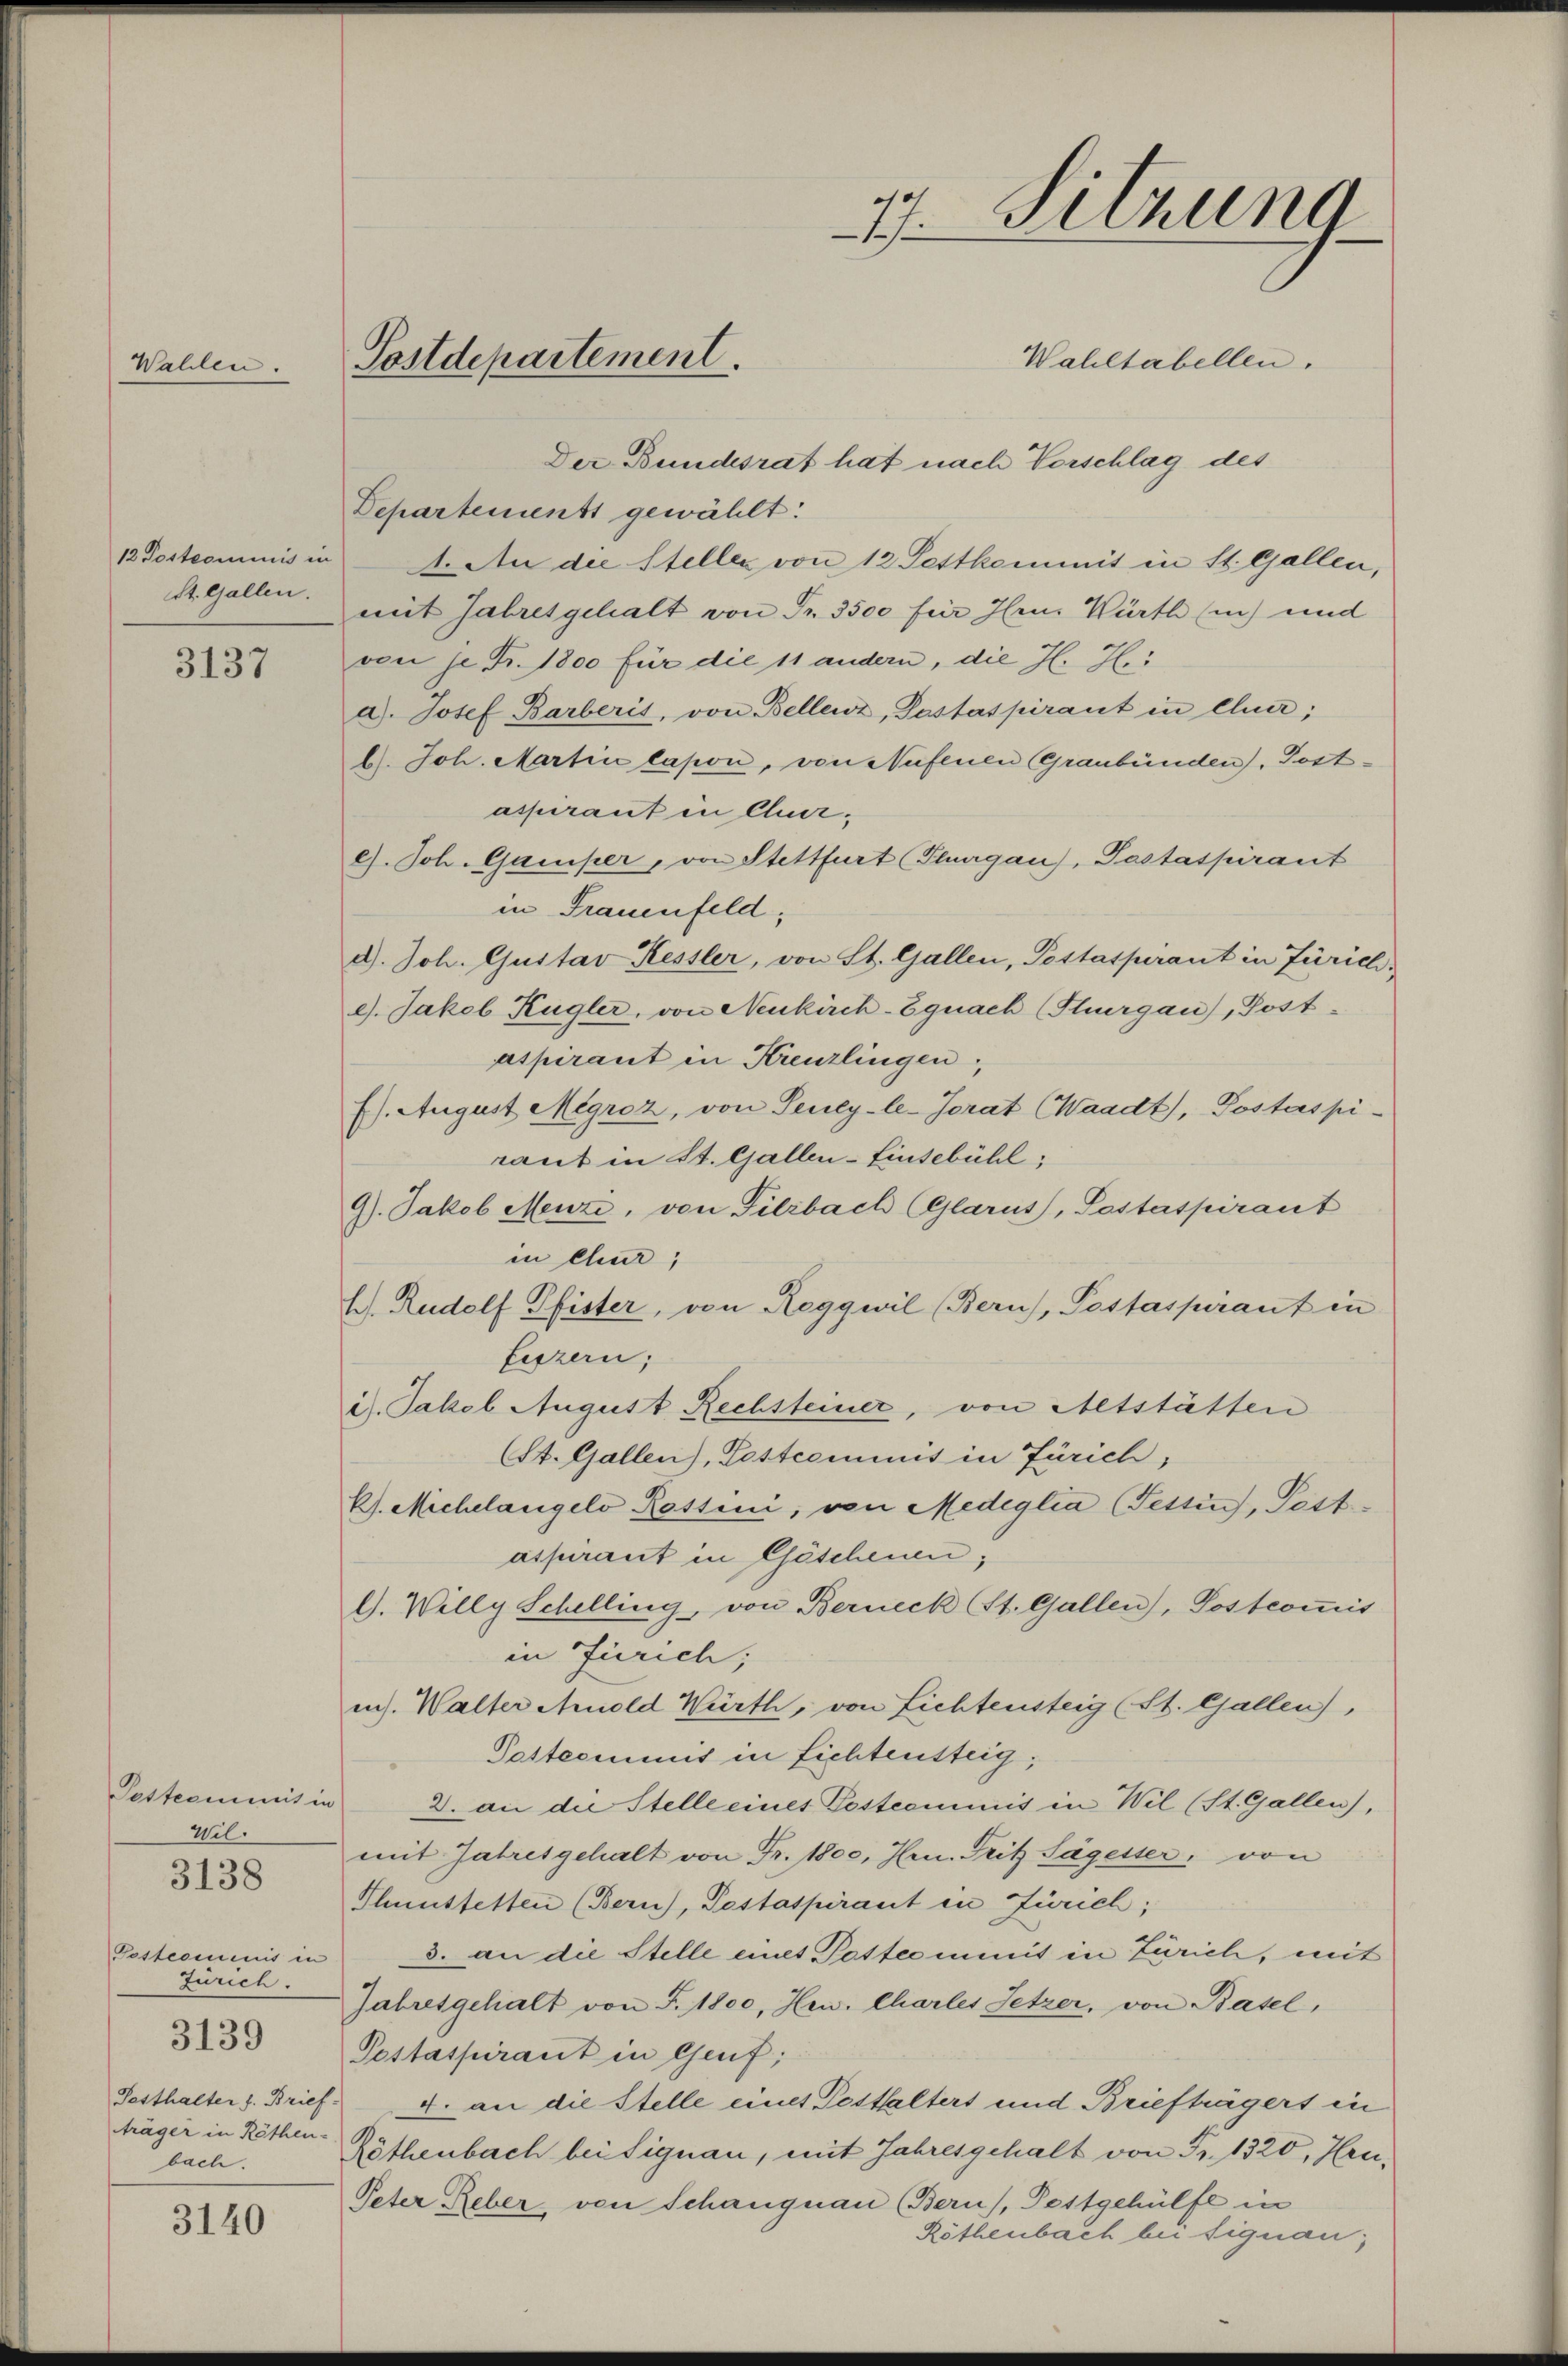
Walden.

St. Gallen.

3137

Wil.
Posteriminis in
Zürich.
3139
träger in Röthen-
bach.

3138

3140

Postdepartement.

77. Beizung

Wahltabellen.
Der Bundesrat hat nach Vorschlag des
Departements gewählt:
12 Postcommis in 4. An die Steller von 12 Pettkommit in St. Gallen,
mit Jahresgehalt von Fr. 3500 für Hrn. Würth (in) und
von je Fr. 1800 für die 11 andern, die H. H.
a. Josef Barberis, von Bellenz, Pestaspirant in Chur;
b). Joh. Martine lapon, von Aufenen (Graubünden, Postaspirant in Quae). Joh. Gamper, von Stettfurt Flurgau, Pastaspirant
in Frauenfeld,
d. Joh. Gustav Kessler, von St. Gallen, Postaspirant in Zürich,
e. Jakob Kügler, von Neukirch-Egnach Thurgau), Post-
aspirant in Kreuzlingen,
f). August Megroz, von Seney-le-Jorat (Waadt, Postaspi-
raut in St. Gallen-Einsebühl,
9). Jakob Menzi, von Filzbach (Glarus, Pestaspirant
in Chur,
H. Rudolf Pfister, von Reggwil (Bern), Postaspirant in
Feszern;
is. Jakob August Rechsteiner, von Altstätten
SSt. Gallen), Pestcominis in Zürich,
B. Michelangelo Rottini, von Medeglia (Tessin, Pest
aspirant in Göschenen;
G. Willy Schelling, von Berneck St. Gallen), Postcommis
in Zürich;
ins. Walter Arnold Würth, von Lichtensteig (St. Gallen,
Pattcommis in Lichtensteig,
Postcommis in 2. an die Stelle eines Postcommis in Wil (St. Gallen),
mit Jahresgehalt von Fr. 1800, Hrn. Fritz Sägesser, von
Thunstetten (Bern), Pestaspirant in Zürich;
3. an die Stelle eines Pottcominis in Zürich, mit
Jahresgehalt von F. 1800, Hrn. Charles Setzer, von Basel,
Pestaspirant in Genf;
Posthalter z. Brief 4. an die Stelle eines Pesthalters und Briefträgers in
Röthenbach bei Signau, mit Jahresgehalt von Fr. 1320, Han¬
Peter Reber, von Schangnau (Bern), Pestgehülfe in

Röthenbach bei signau;